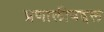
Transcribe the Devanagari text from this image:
प्रणालीबद्दल